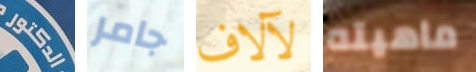
الدكتور جامر لآلاف ماهيته